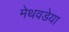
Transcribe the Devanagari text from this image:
मेथवडेया